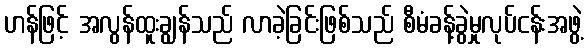
ဟန်ဖြင့် အလွန်ထူးချွန်သည် လာခဲ့ခြင်းဖြစ်သည် စီမံခန့်ခွဲမှုလုပ်ငန်းအဖွဲ့